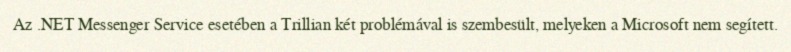
Az .NET Messenger Service esetében a Trillian két problémával is szembesült, melyeken a Microsoft nem segített.